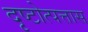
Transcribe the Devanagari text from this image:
दृष्टोत्पत्तास